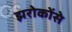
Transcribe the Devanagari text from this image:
झरोकोंसे